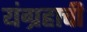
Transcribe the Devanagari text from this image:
यंग्रहाची